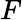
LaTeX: \displaystyle F